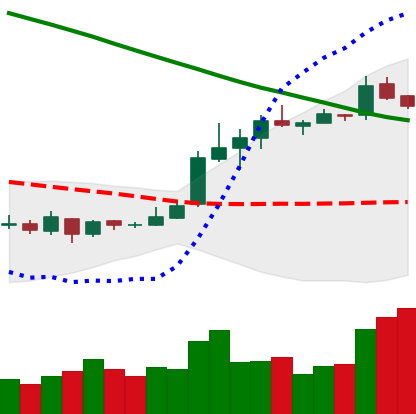
Ticker: XLM-USD
Chart end date: 2019-03-20
Forward return: -8.019%
Label: down_7plus